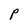
Character: p